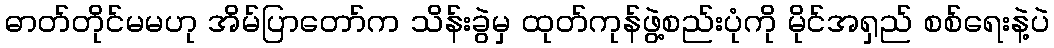
ဓာတ်တိုင်မမဟု အိမ်ပြာတော်က သိန်းခွဲမှ ထုတ်ကုန်ဖွဲ့စည်းပုံကို မိုင်အရှည် စစ်ရေးနဲ့ပဲ